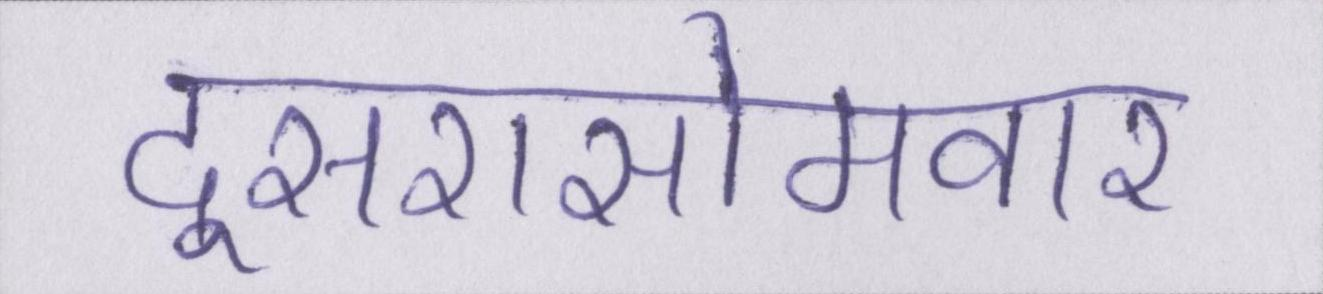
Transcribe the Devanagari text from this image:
दूसरासोमवार